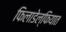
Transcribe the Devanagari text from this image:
फिलाडेल्फियात